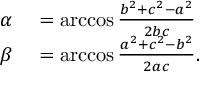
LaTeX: \begin{array} { r l } { \alpha } & { { } = \operatorname { a r c c o s } { \frac { b ^ { 2 } + c ^ { 2 } - a ^ { 2 } } { 2 b c } } } \\ { \beta } & { { } = \operatorname { a r c c o s } { \frac { a ^ { 2 } + c ^ { 2 } - b ^ { 2 } } { 2 a c } } . } \end{array}